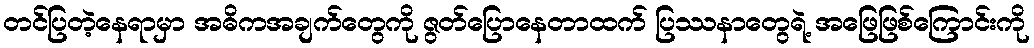
တင်ပြတဲ့နေရာမှာ အဓိကအချက်တွေကို ဇွတ်ပြောနေတာထက် ပြဿနာတွေရဲ့ အဖြေဖြစ်ကြောင်းကို